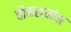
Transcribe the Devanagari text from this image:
चौकश्यांचा